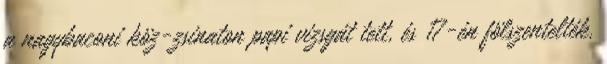
a nagybaconi köz-zsinaton papi vizsgát tett, és 17-én fölszentelték.